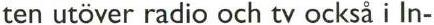
ten utöver radio och tv också i In-